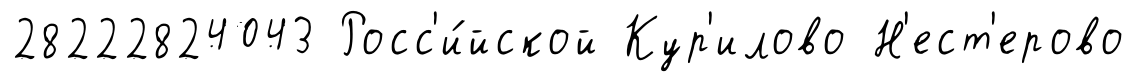
28222824043 Росс'и́йской Кур'илово Н'ест'ерово